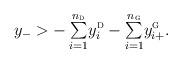
LaTeX: \begin{align*}y_- > {{\textstyle{-\sum\limits_{i=1}^{n_{{\textsc{d}}}}} y_i^{\textsc{d}}}}-{{\textstyle{\sum\limits_{i=1}^{n_{{\textsc{g}}}}} y_{i+}^{\textsc{g}}}}.\end{align*}